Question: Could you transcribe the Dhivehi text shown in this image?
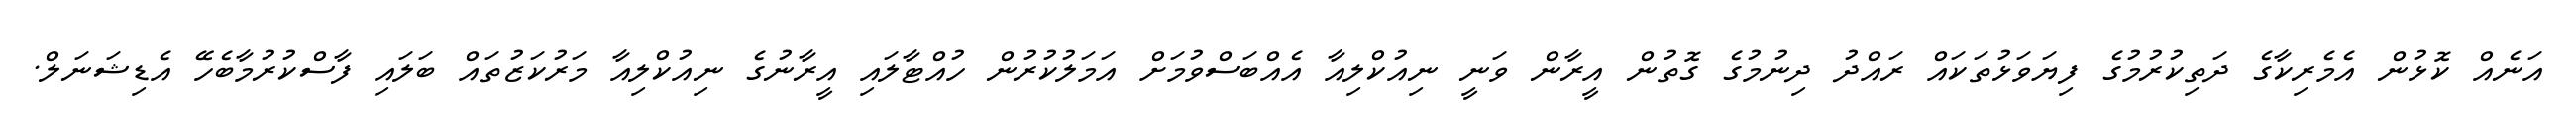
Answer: އަނެއް ކޮޅުން އެމެރިކާގެ ދަތިކުރުމުގެ ފިޔަވަޅުތަކައް ރައްދު ދިނުމުގެ ގޮތުން އީރާން ވަނީ ނިއުކްލިއާ އެއްބަސްވުމަށް އަމަލުކުރުން ހުއްޓާލައި އީރާނުގެ ނިއުކްލިއާ މަރުކަޒުތައް ބަލައި ފާސްކުރުމާބެހޭ އެޑިޝަނަލް.